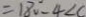
= 1 8 0 ^ { \circ } - 4 \angle C